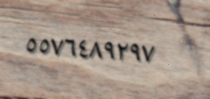
٥٥٧٦٤٨٩٢٩٧